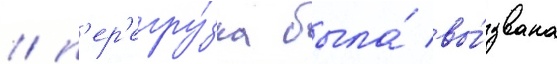
/ п'ер'егру́зка была́ вы́звана